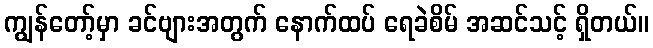
ကျွန်တော့်မှာ ခင်ဗျားအတွက် နောက်ထပ် ရေခဲစိမ် အဆင်သင့် ရှိတယ်။